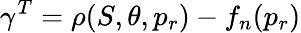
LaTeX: \gamma^{T}=\rho(S,\theta,p_{r})-f_{n}(p_{r})